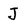
Character: J